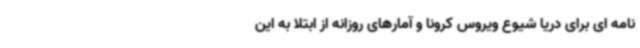
نامه ای برای دریا شیوع ویروس کرونا و آمارهای روزانه از ابتلا به این